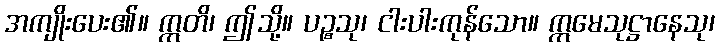
အကျိုးပေး၏။ ဣတိ၊ ဤသို့။ ပဉ္စသု၊ ငါးပါးကုန်သော။ ဣမေသုဋ္ဌာနေသု၊